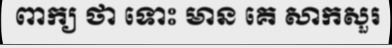
ពាក្យ ថា ទោះ មាន គេ សាកសួរ